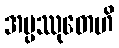
အပ္ပဿုတေဟိ